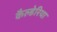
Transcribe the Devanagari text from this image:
कैल्डेरिया